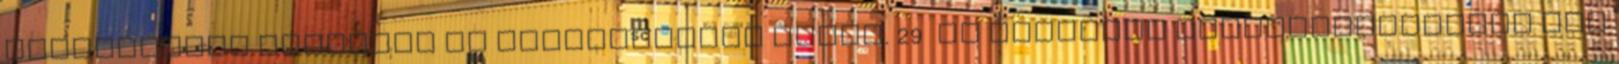
alkalmazási tilalmat is kifejezetten kérni. 29 Az említett követelményeknek meg